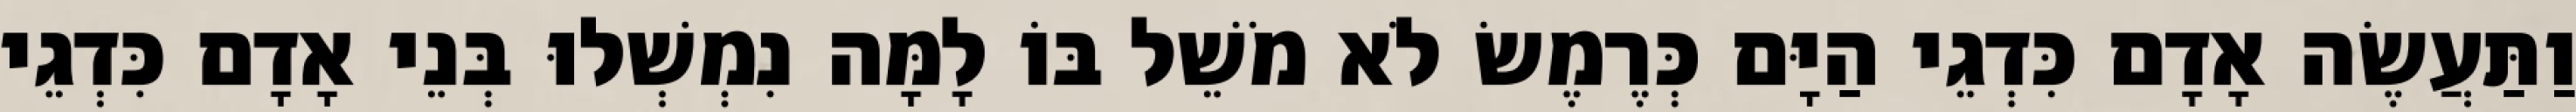
וַתַּעֲשֶׂה אָדָם כִּדְגֵי הַיָּם כְּרֶמֶשׂ לֹא מֹשֵׁל בּוֹ לָמָּה נִמְשְׁלוּ בְּנֵי אָדָם כִּדְגֵי